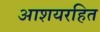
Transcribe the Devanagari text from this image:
आशयरहित